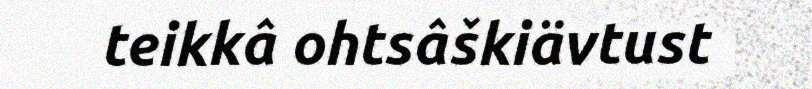
teikkâ ohtsâškiävtust